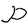
Character: P